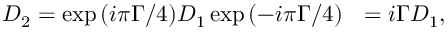
{ \cal D } _ { 2 } = \exp { ( i \pi \Gamma / 4 ) } { \cal D } _ { 1 } \exp { ( - i \pi \Gamma / 4 ) } ~ ~ = i { \Gamma } { \cal D } _ { 1 } ,